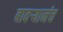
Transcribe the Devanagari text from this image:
बावऱ्यानंच